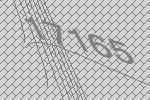
17165